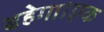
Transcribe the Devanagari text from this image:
बहेगा।एक